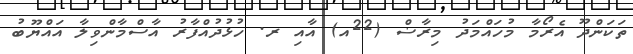
ތަކަންދޫ އެރޯމާ މުހައްމަދު މިރާޟް (22އ) އާއި ރ. ހުޅުދުއްފާރު އާސްމާންވިލާ އައްޔޫބު